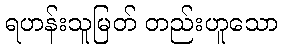
ရဟန်းသူမြတ် တည်းဟူသော